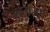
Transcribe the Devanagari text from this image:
सुगंरपुर